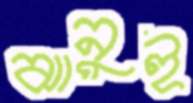
ঝানুই